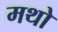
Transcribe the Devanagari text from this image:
मथो